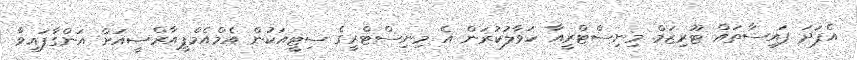
އެފަދަ ފައިސާތައް ޓޫރިޒަމް މިނިސްޓްރީއާ ހަވާލުކުރަން އެ މިނިސްޓްރީގެ ސިޓީއަކުން އެމްއެމްޕީއާރްސީއަށް އަންގާފައިވާ